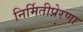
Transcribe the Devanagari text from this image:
निर्मितीप्रेरणा